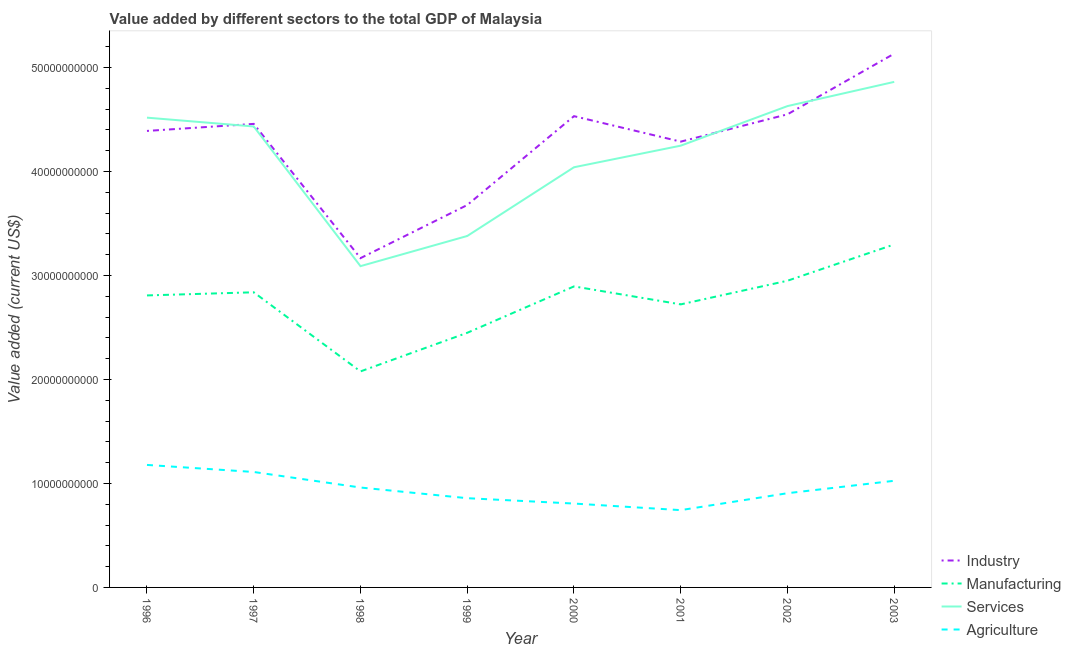
| Year | Industry | Manufacturing | Services | Agriculture |
 | --- | --- | --- | --- | --- |
 | 1996 | 4.39e+10 | 2.81e+10 | 4.52e+10 | 1.18e+10 |
 | 1997 | 4.46e+10 | 2.84e+10 | 4.43e+10 | 1.11e+10 |
 | 1998 | 3.17e+10 | 2.08e+10 | 3.09e+10 | 9.61e+09 |
 | 1999 | 3.68e+10 | 2.45e+10 | 3.38e+10 | 8.58e+09 |
 | 2000 | 4.53e+10 | 2.89e+10 | 4.04e+10 | 8.07e+09 |
 | 2001 | 4.29e+10 | 2.72e+10 | 4.25e+10 | 7.43e+09 |
 | 2002 | 4.55e+10 | 2.95e+10 | 4.63e+10 | 9.06e+09 |
 | 2003 | 5.13e+10 | 3.3e+10 | 4.86e+10 | 1.03e+10 |